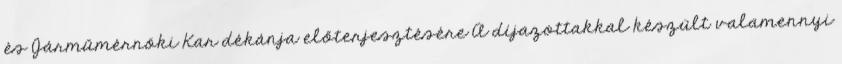
és Járműmérnöki Kar dékánja előterjesztésére A díjazottakkal készült valamennyi